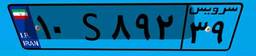
۷۷S۸۸۱۶۸